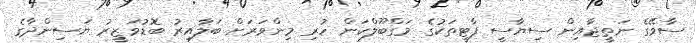
ސާވޭގެ ނަތީޖާއިން ސިޔާސީ ޕާޓީތަކުގެ މަގްބޫލްކަން ހުރި މިންވަރަށް ބަލާއިރު ބޮޑުވަޒީރު ޔަސިންދާގެ